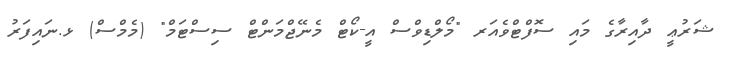
ޝަރުޢީ ދާއިރާގެ މައި ސޮފްޓްވެއަރ "މޯލްޑިވްސް އީ-ކޯޓް މެނޭޖްމަންޓް ސިސްޓަމް" (މެމްސް) ޅ.ނައިފަރު